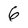
Character: 6